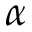
\alpha